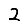
Digit: 2